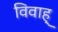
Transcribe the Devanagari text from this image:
विवाह्